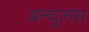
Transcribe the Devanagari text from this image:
अन्दुलस